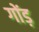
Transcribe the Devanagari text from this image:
गोंड़